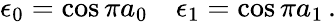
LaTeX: \epsilon_{0}=\cos\pi a_{0}\quad\epsilon_{1}=\cos\pi a_{1}\, .